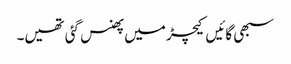
سبھی گائیں کیچڑ میں پھنس گئی تھیں۔